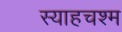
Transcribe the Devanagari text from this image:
स्याहचश्म